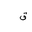
Letter: _qaf